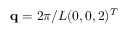
\mathbf { q } = 2 \pi / L ( 0 , 0 , 2 ) ^ { T }